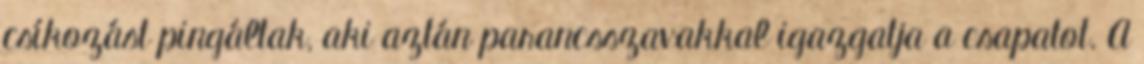
csíkozást pingáltak, aki aztán parancsszavakkal igazgatja a csapatot. A